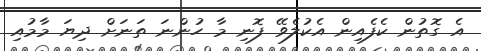
އެ ގޮތުން ކެފެއިން އެކުލެވޭ ފޮނި މާ ހުންނަ ތަނަށް ދިޔަ މާމުއި